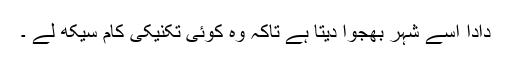
دادا اسے شہر بھجوا دیتا ہے تاکہ وہ کوئی تکنیکی کام سیکھ لے ۔